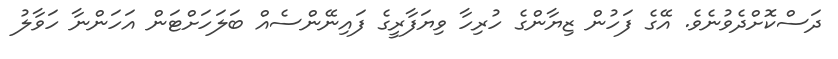
ދަސްކޮށްދެވުނެވެ. އޭގެ ފަހުން ޒިޔާންގެ ހުރިހާ ވިޔަފާރީގެ ފައިނޭންސެއް ބަލަހަށްޓަން އަހަންނާ ހަވާލު